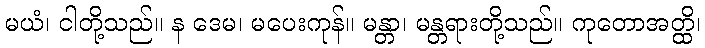
မယံ၊ ငါတို့သည်။ န ဒေမ၊ မပေးကုန်။ မန္တာ၊ မန္တရားတို့သည်။ ကုတောအတ္ထိ၊